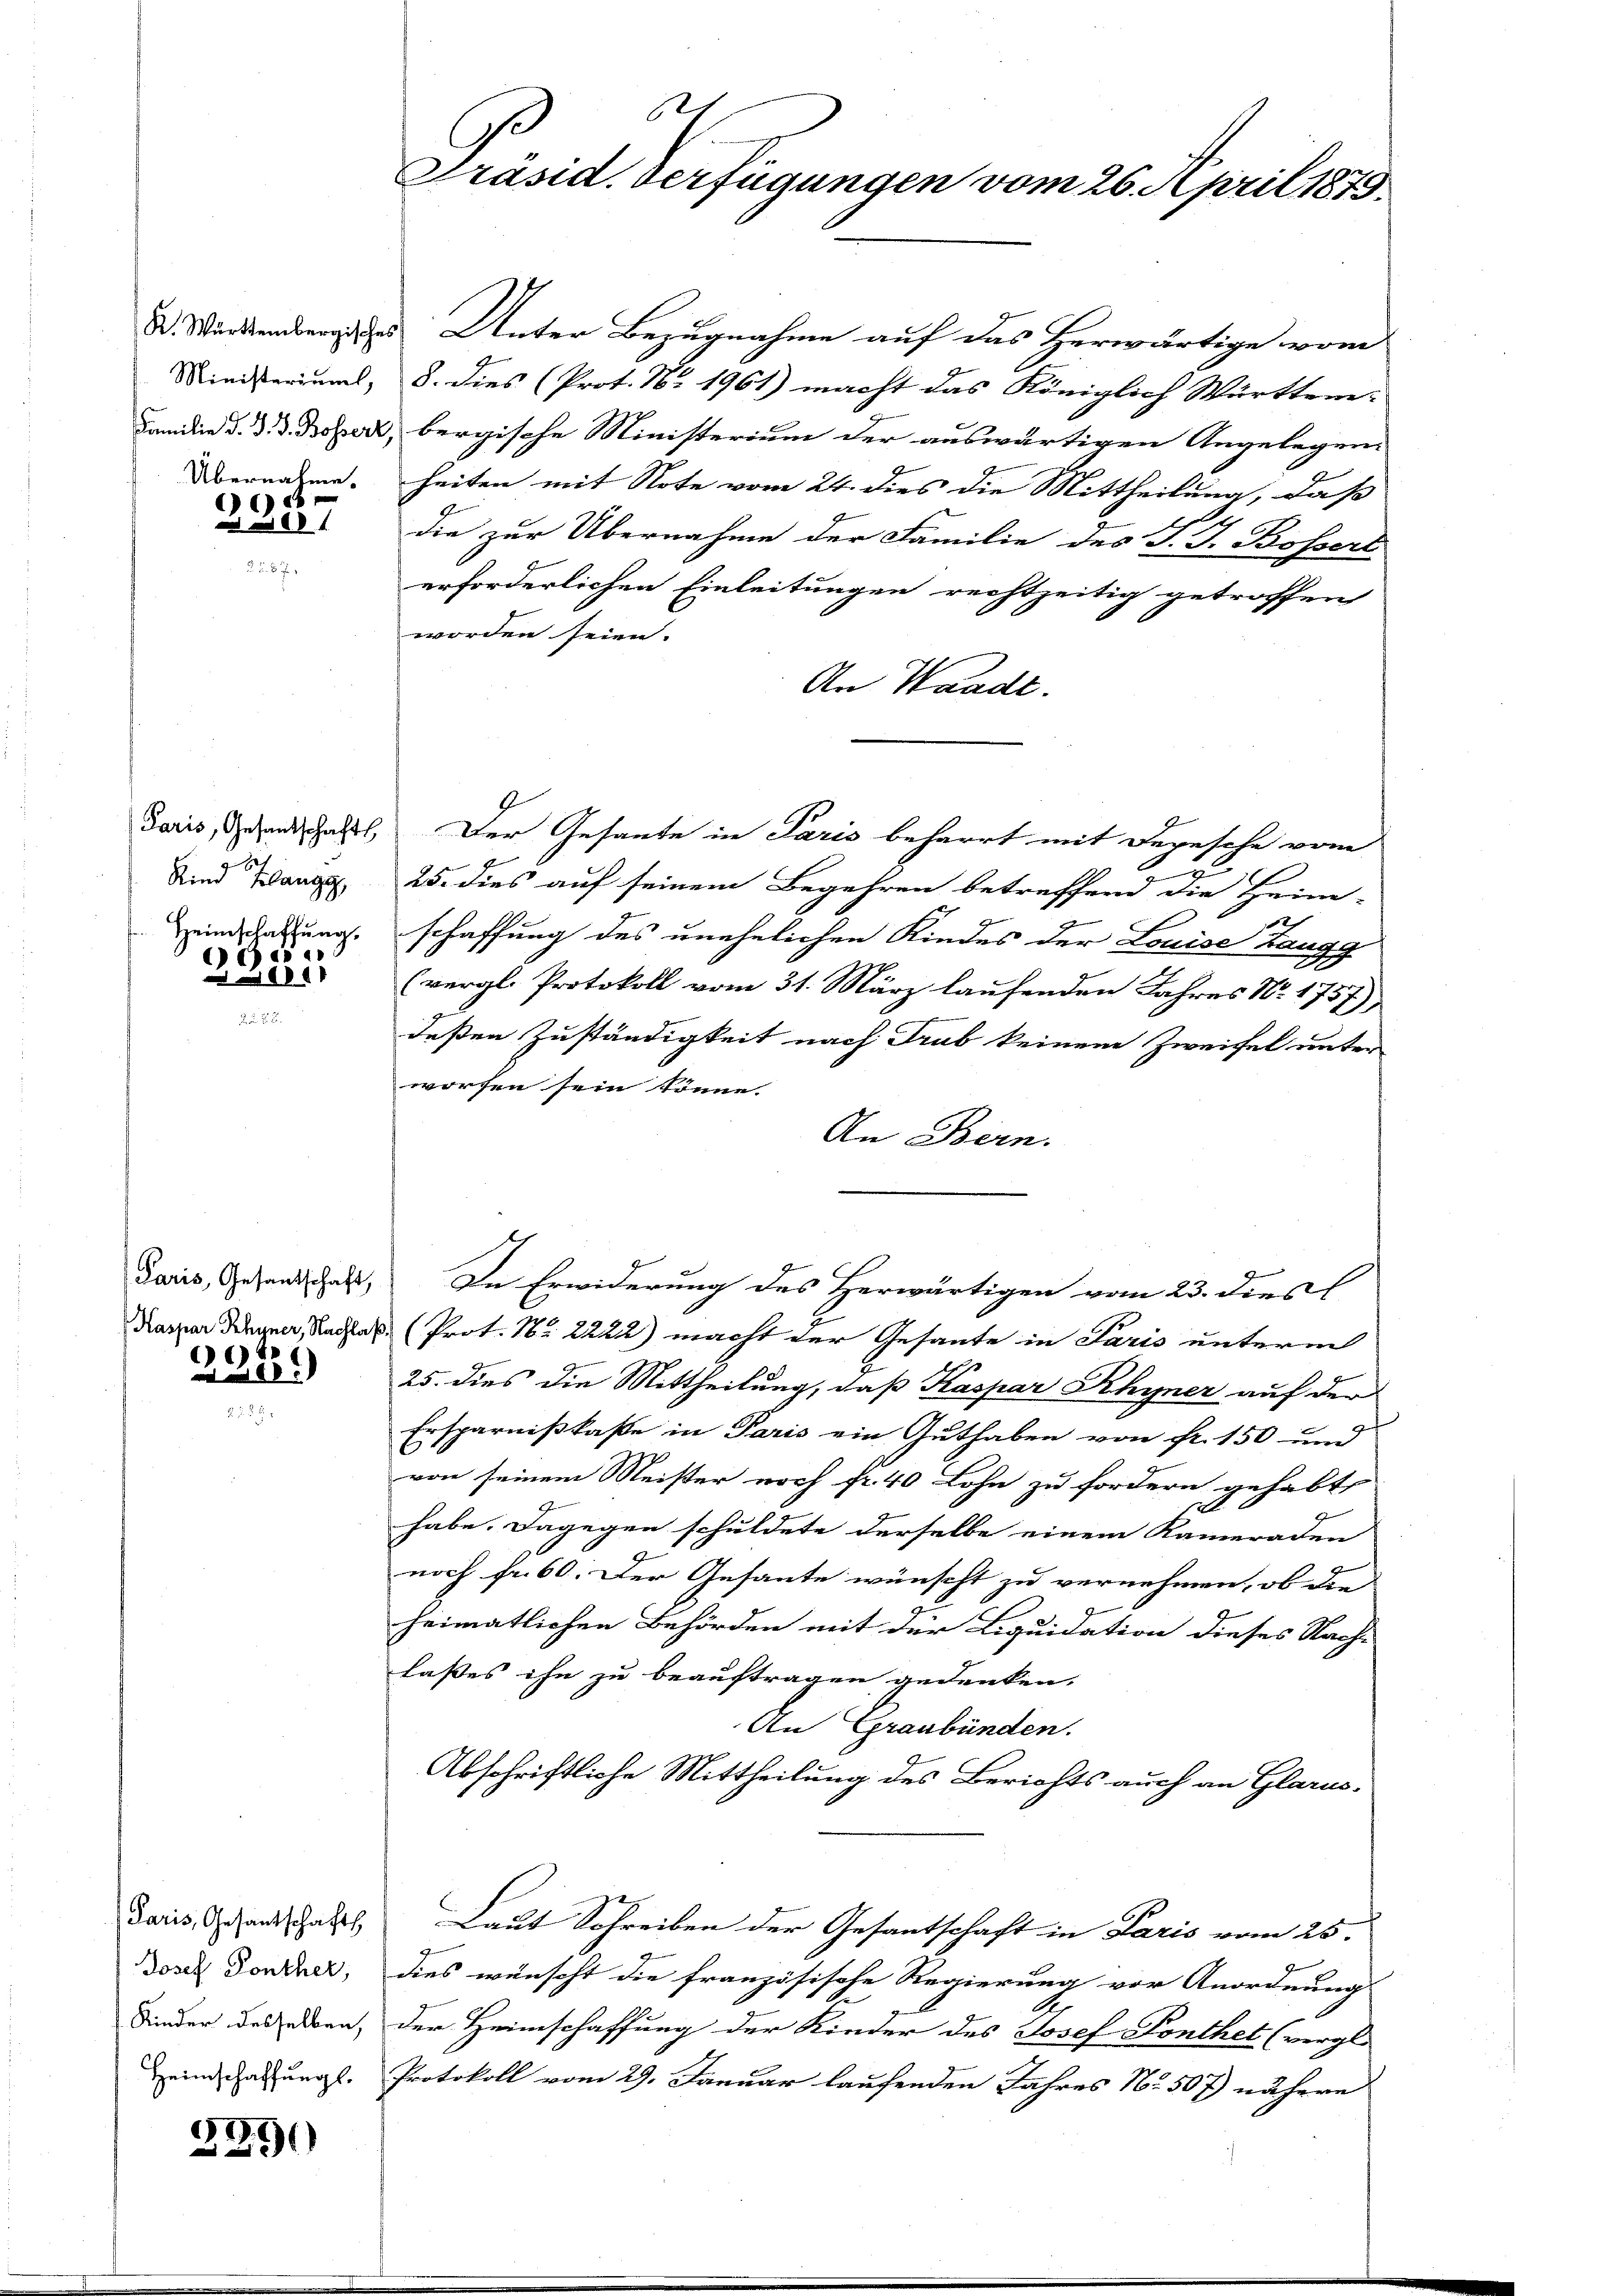
Ministerium,
Familie d. J. J. Bossert,
Übernahme.

)

Paris, Gesandtschafts
ge hat
Rin Klang,
Heimschaffung.

de
 1011

Paris, Gesantschaft,
Kaspar Rhyner, Nachlas
6)

1

Paris, Gesantschafts
Josef Ponther,
Kinder desselben,
Heimschaffungs¬

3291)

G
Präsid. Verfügungen vom 26. April 1878

. Württember des Unter Bezugnahme auf das Herwärtige vom
8. dies (Prot. No. 1961) macht das Königlich Württem-
bergische Ministerium der auswärtigen Angelegen
heiten mit Note vom 24. dies die Mittheilung, daß
die zur Übernahme der Familie des S. J. Bossert
erforderlichen Einleitungen rechtzeitig getroffen
worden seien.
An Waadt.
Der Gesante in Paris beharrt mit Depesche vom
25. dies auf seinem Begehren betreffend die Heim-
2
schaffung des unehelichen Kindes der Louise Zangg
(vergl. Protokoll vom 31. März laufenden Jahres No. 1757)
deßen Zuständigkeit nach Trub keinem Zweifel unter
worfen sein könne.
An Bern.
In Erwiderung des Herwärtigen vom 23. dies
Prot. Nr. 2222) macht der Gesante in Paris unterm
25. dies die Mittheilung, daß Kaspar Rhyner auf der
Ersparnißkaße in Paris ein Guthaben von fr. 150 und
von seinem Meister noch fr. 40 Lohn zu fordern gehabt,
x
habe. Dagegen schuldete derselbe einem Kameraden
noch fr. 60. Der Gesante wünscht zu vernehmen, ob die
heimatlichen Behörden mit der Liquidation dieses Nach-
lasses ihn zu beauftragen gedenken,
An Graubünden.
Abschriftliche Mittheilung des Berichts auch an Glarus.
Laut Schreiben der Gesantschaft in Paris vom 25.
dies wünscht die französische Regierung vor Anordnung
der Heimschaffung der Kinder des Josef Ponthet (vergl.
Protokoll vom 29. Januar laufenden Jahres No 507) nähere